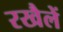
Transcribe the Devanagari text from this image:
रखैलें